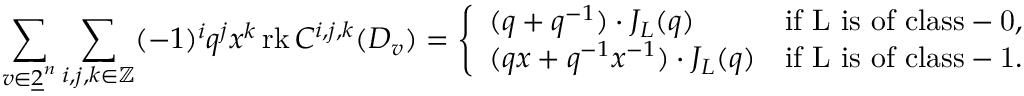
\sum _ { v \in \underline { { 2 } } ^ { n } } \sum _ { i , j , k \in \mathbb { Z } } ( - 1 ) ^ { i } q ^ { j } x ^ { k } \operatorname { r k } C ^ { i , j , k } ( D _ { v } ) = \left\{ \begin{array} { l l } { ( q + q ^ { - 1 } ) \cdot J _ { L } ( q ) } & { \mathrm { i f ~ L ~ i s ~ o f ~ c l a s s - 0 } , } \\ { ( q x + q ^ { - 1 } x ^ { - 1 } ) \cdot J _ { L } ( q ) } & { \mathrm { i f ~ L ~ i s ~ o f ~ c l a s s - 1 } . } \end{array} \right.